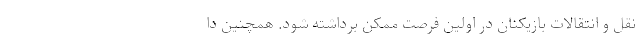
نقل و انتقالات بازیکنان در اولین فرصت ممکن برداشته شود. همچنین دا